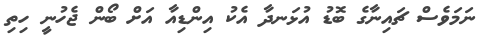
ނަމަވެސް ޗައިނާގެ ބޮޑު އުޅަނދާ އެކު އިންޑިއާ އަށް ބޯން ޖެހުނީ ހިތި